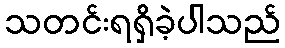
သတင်းရရှိခဲ့ပါသည်